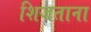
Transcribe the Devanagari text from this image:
शिजताना